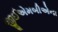
જીઈએમબીએના